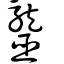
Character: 𪚠